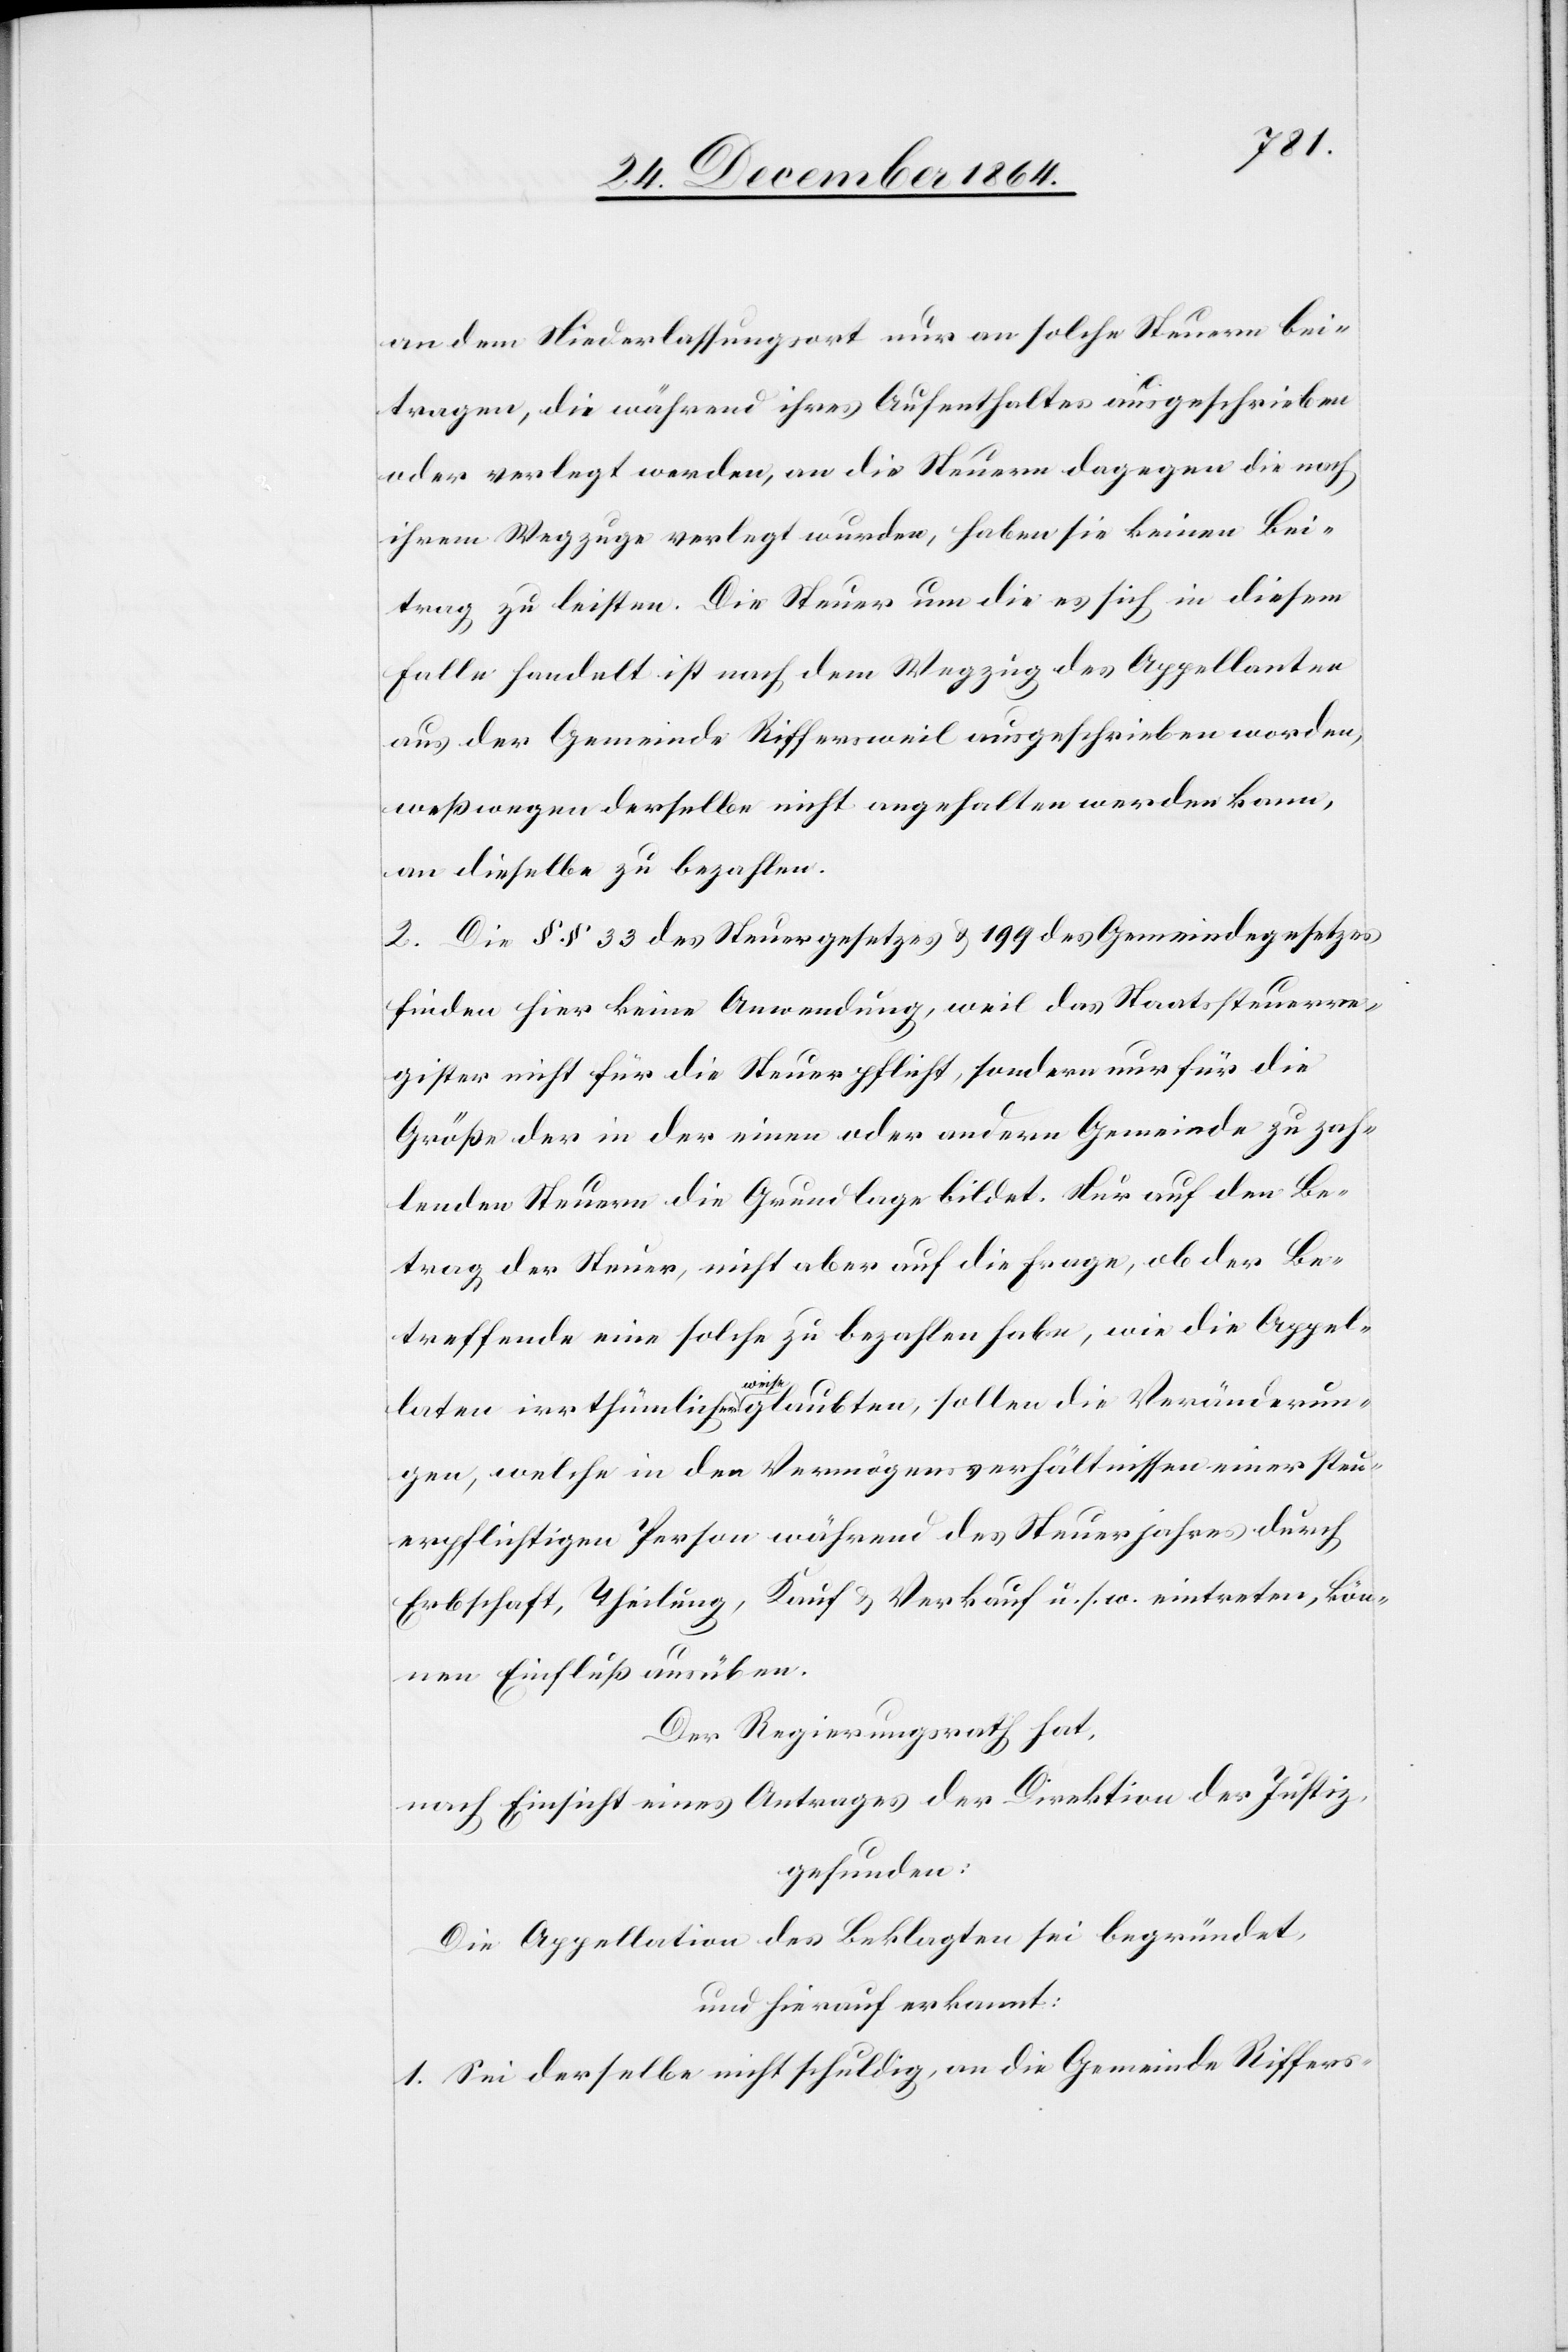
an dem Niederlassungsort nur an solche Steuern bei¬
tragen, die während ihres Aufenthaltes ausgeschrieben
oder verlegt werden, an die Steuern dagegen die nach
ihrem Wegzuge verlegt wurden, haben sie keinen Bei¬
trag zu leisten. Die Steuer um die es sich in diesem
Falle handelt ist nach dem Wegzug des Appellanten
aus der Gemeinde Riffersweil ausgeschrieben worden,
weßwegen derselbe nicht angehalten werden kann,
an dieselbe zu bezahlen.
2. Die §§ 33 des Steuergesetzes & 199 des Gemeindegesetzes
finden hier keine Anwendung, weil das Staatssteuerre¬
gister nicht für die Steuerpflicht, sondern nur für die
Größe der in der einen oder andern Gemeinde zu zah¬
lenden Steuern die Grundlage bildet. Nur auf den Be¬
trag der Steuer, nicht aber auf die Frage, ob der Be¬
treffende eine solche zu bezahlen habe, wie die Appel¬
laten irrthümlicherweise glaubten, sollen die Veränderun¬
gen, welche in den Vermögensverhältnissen einer steu¬
erpflichtigen Person während des Steuerjahres durch
Erbschaft, Theilung, Kauf & Verkauf u. s. w. eintreten, kön¬
nen Einfluß ausüben
Der Regierungsrath hat,
nach Einsicht eines Antrages der Direktion der Justiz,
gefunden:
Die Appellation des Beklagten sei begründet,
und hierauf erkannt:
1. Sei derselbe nicht schuldig, an die Gemeinde Riffers-